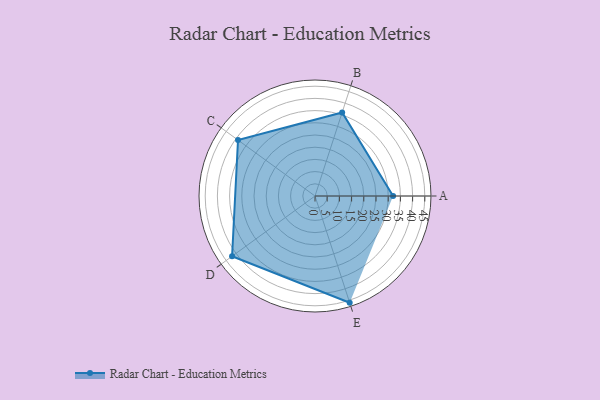
{"axis": {"x": "Skill", "y": "Score"}, "legend": ["Profile"], "data": [{"x": "A", "y": 32.0, "type": "Profile"}, {"x": "B", "y": 36.0, "type": "Profile"}, {"x": "C", "y": 39.0, "type": "Profile"}, {"x": "D", "y": 42.0, "type": "Profile"}, {"x": "E", "y": 46.0, "type": "Profile"}]}